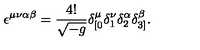
\epsilon ^ { \mu \nu \alpha \beta } = \frac { 4 ! } { \sqrt { - g } } \delta _ { [ 0 } ^ { \mu } \delta _ { 1 } ^ { \nu } \delta _ { 2 } ^ { \alpha } \delta _ { 3 ] } ^ { \beta } .